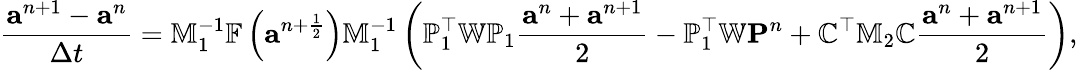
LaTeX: \frac{{\mathbf a}^{n+1}-{\mathbf a}^{n}}{\Delta t}=\mathbb{M}_{1}^{-1}\mathbb{F}\left({\mathbf a}^{n+\frac{1}{2}}\right)\mathbb{M}_{1}^{-1}\left({\mathbb P}_{1}^{\top}\mathbb{W}{\mathbb P}_{1}\frac{{\mathbf a}^{n}+{\mathbf a}^{n+1}}{2}-\mathbb{P}_{1}^{\top}\mathbb{W}{\mathbf P}^{n}+{\mathbb C}^{\top}\mathbb{M}_{2}{\mathbb C}\frac{{\mathbf a}^{n}+{\mathbf a}^{n+1}}{2}\right),